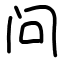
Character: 问